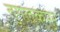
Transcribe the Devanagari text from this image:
तुगलकपुर